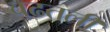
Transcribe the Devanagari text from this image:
चढतली